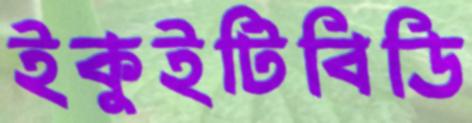
ইকুইটিবিডি